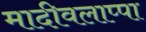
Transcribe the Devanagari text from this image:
मादीवलाप्पा